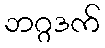
ဘဂ္ဂဒက်